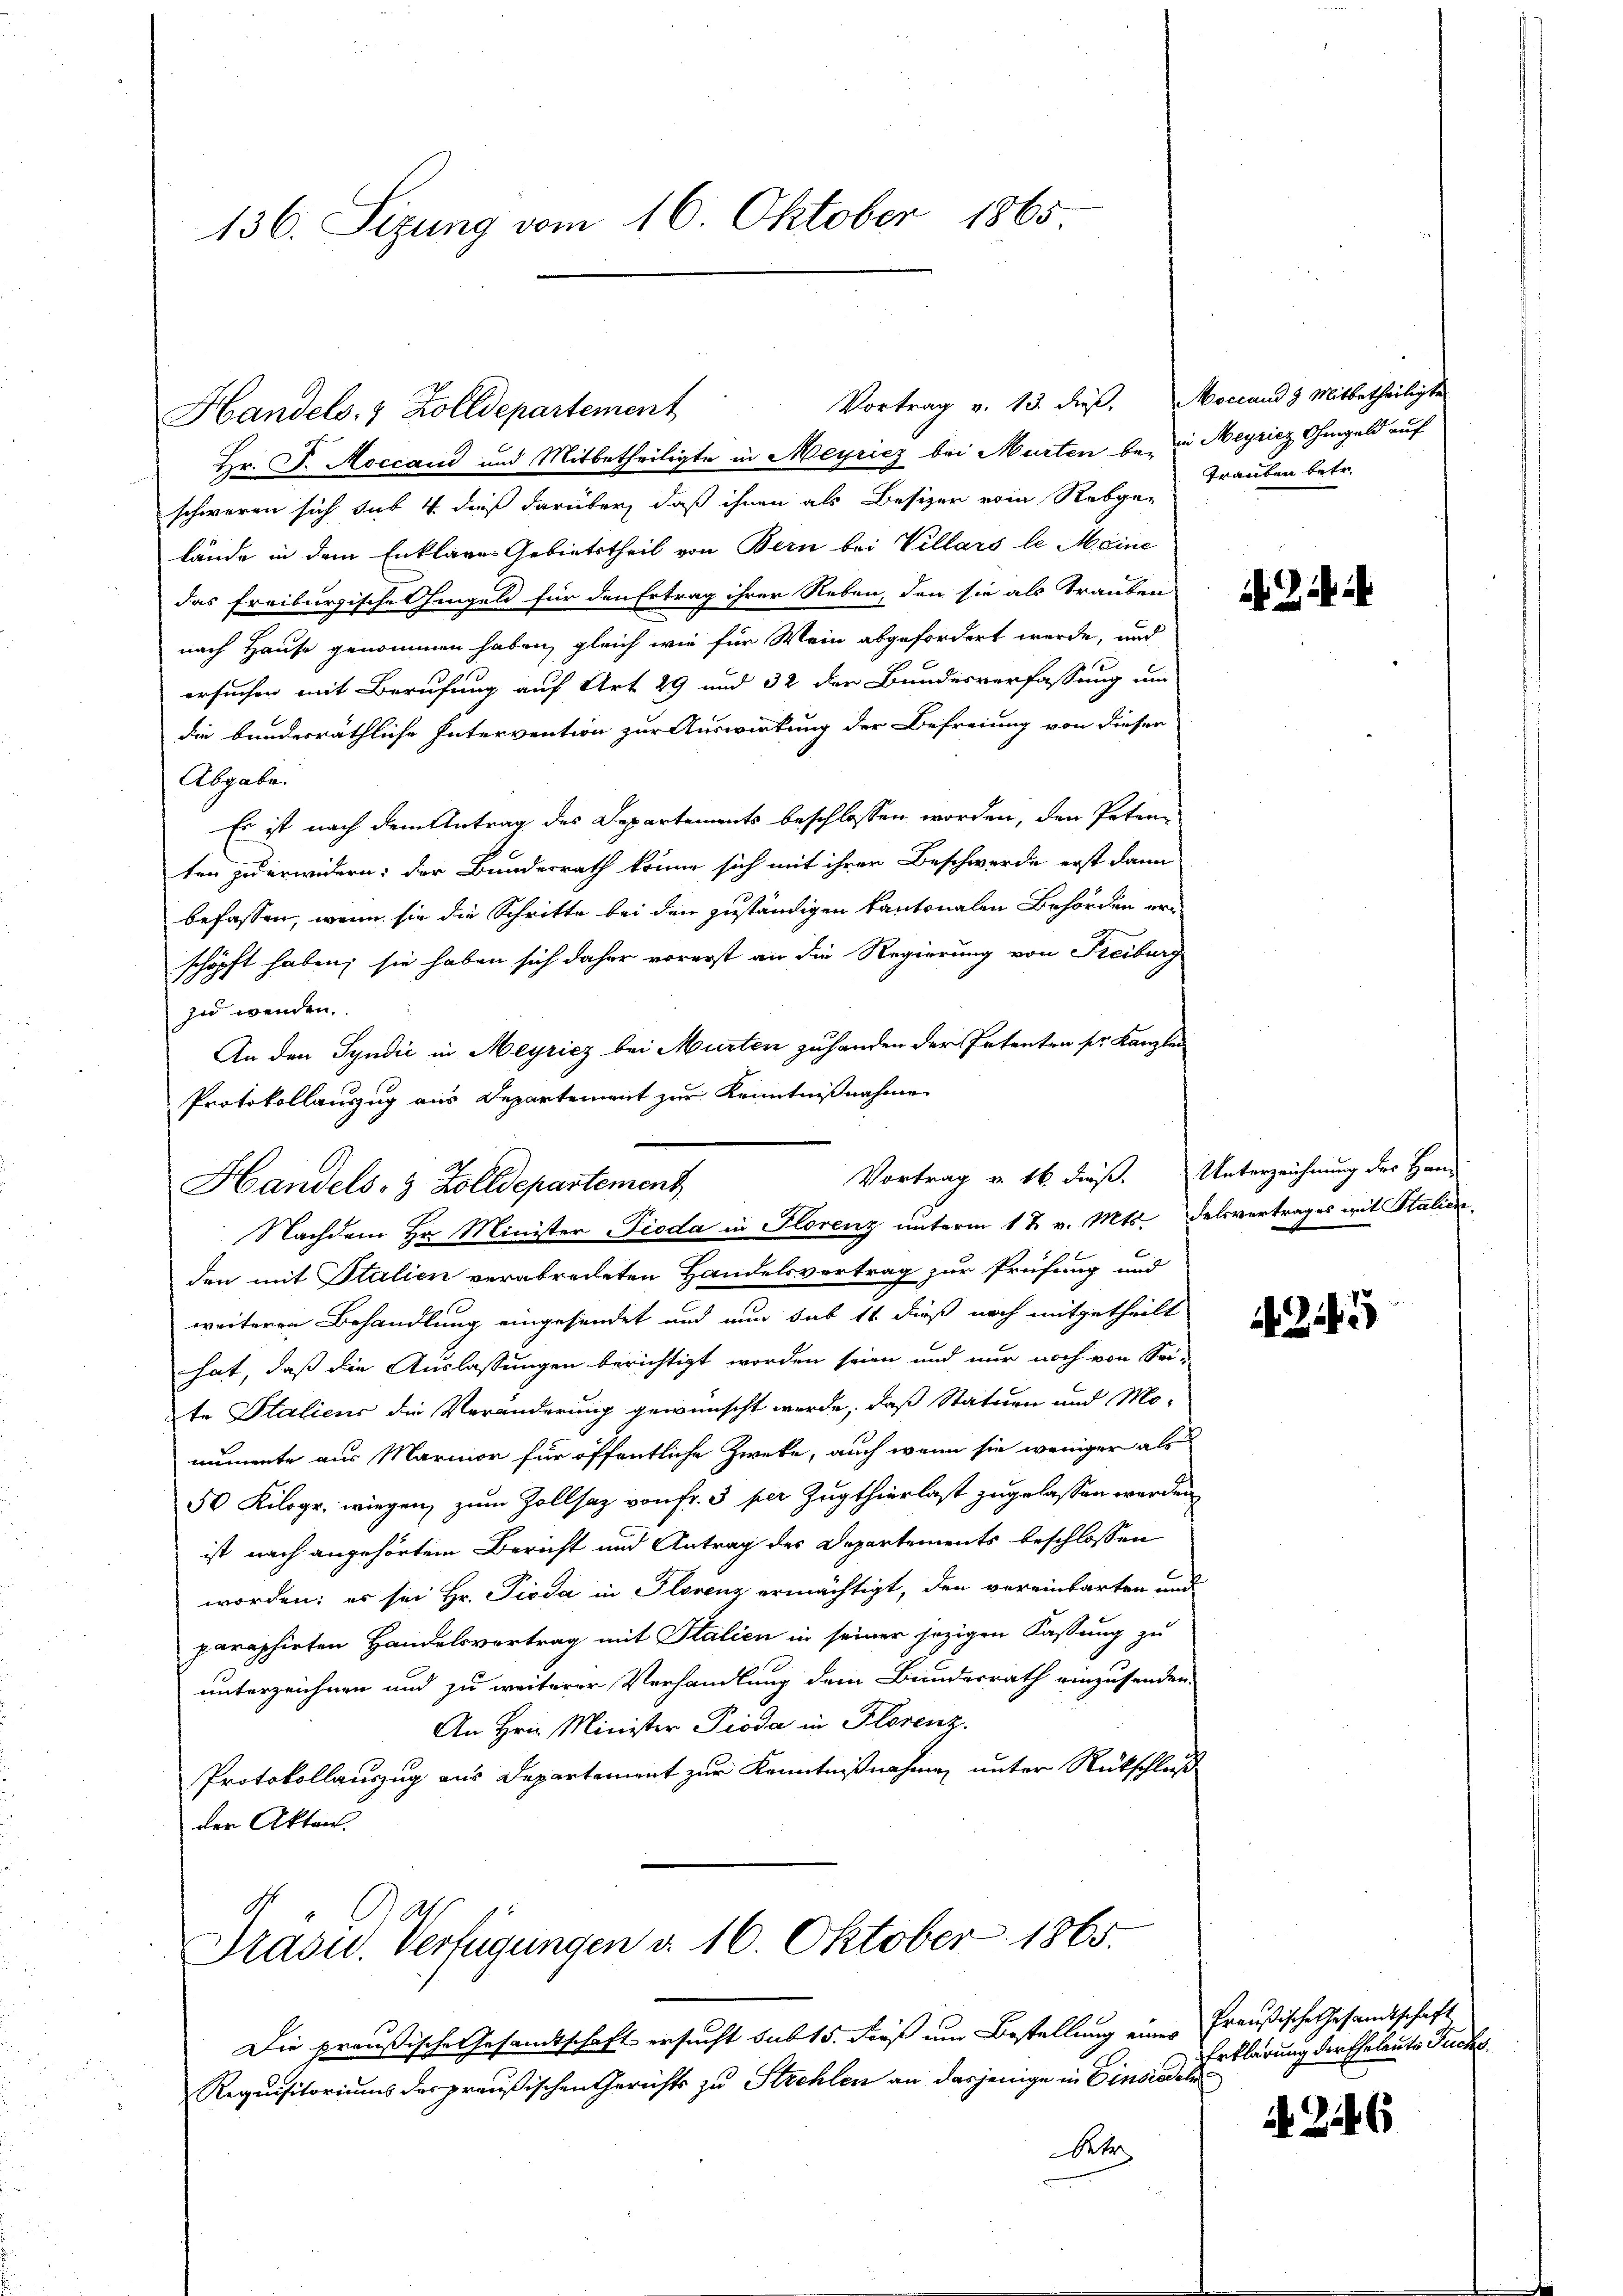
136. Sizung vom 16. Oktober 1865

Hr. P. Moccaud und Mitbetheiligte in Meyricz bei Murten bei die Meyricz Ohmgeld auf
schweren sich das 4. dieß darüber, daß ihnen als Besizer vom Rebge Trauben betr.
lände in dem Enklagen Gebietstheil von Bern bei Villars le Meine
das Freiburgische hingeld für den Ertrag ihrer Neben, den sie als Trauben
nach Hause genommen haben, gleich wie für Mein abgefordert werde, und
ersuchen mit Berufung auf Art 29 und 32 der Bundesverfassung um
die bundesräthliche Intervention zur Auswirkung der Befreiung von dieser
Abgabe
Es ist nach dem Antrag des Departements beschlossen worden, den Petenten zuerwidern: der Bundesrath könne sich mit ihrer Beschwerde erst dann
befassen, wenn sie die Schritte bei den zuständigen kantonalen Behörden er-
schöpft haben; sie haben sich daher vorerst an die Regierung von Freiburg
zu wenden.
An den Syndić in Meyricz bei Murten zuhanden der Petenten sr. Kanzlei
Protokollauszug aus Departement zur Kenntnißnahme
Vortrag u. 16 dieß. Unterzeichnung des Han-
Handels, 3 Zolldepartement
Nachdem Hr. Minister Pioda in Florenz unterm 12 v. Mts. Delsvertrages mit Stalienden mit Italien verabredeten Handelsvertrag zur Prüfung und
weiteren Behandlung eingesendet und nun sub 11 dieß noch mitgetheilt
hat, daß die Auslassungen berichtigt worden seien und nur noch von Sei-
te Italiens die Veränderung gewünscht werde, daß Statuen und Mo-
numente aus Marinor für öffentliche Zweke, auch wenn sie weniger als
50 Kilogr. wiegen, zum Zollsaz von fr. 3 per Zugthierlast zugelassen werden
ist nach angehörtem Bericht und Antrag des Departements beschlossen
worden; es sei Hr. Pioda in Florenz ermächtigt, den vereinbarten und
paraphirten Handelsvertrag mit Italien in seiner jezigen Fassung zu
unterzeichnen und zu weiterer Verhandlung dem Bundesrath einzusenden.
An Hrn. Minister Pioda in Florenz
Protokollauszug aus Departement zur Kenntnißnahmen unter Rückschluße
der Akten.

Handels- & Zolldepartement

Vortrag v. 13. dieß. Moccand 3 Mitbetheiligte

Ja
Prasid. Verfügungen d. 16. Oktober 1865.

Die preußische Gesandtschaft ersucht sub 15. dieß um Bestellung eines Preußische Gesandtschaft
Requisitoriums des preußischen Gerichts zu Strehlen an dasjenige in Einsiedeln
Betr

A Zi

245

Erklärung der Eheleute Fuchs.

6